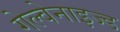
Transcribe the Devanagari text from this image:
गेल्वेनाइज्ड